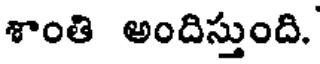
శాంతి అందిస్తుంది.